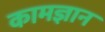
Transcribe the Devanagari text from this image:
कामज्ञान